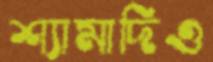
শ্যামাদিও